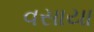
વસાયા